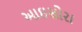
આઇસોરા